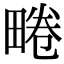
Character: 𤲨